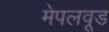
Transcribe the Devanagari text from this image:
मेपलवूड